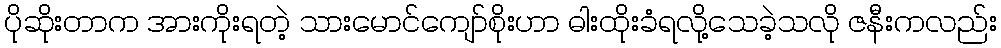
ပိုဆိုးတာက အားကိုးရတဲ့ သားမောင်ကျော်စိုးဟာ ဓါးထိုးခံရလို့သေခဲ့သလို ဇနီးကလည်း